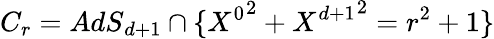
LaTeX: C_{r}={AdS}_{d+1}\cap\{ {X^{0}}^{2}+{X^{d+1}}^{2}=r^{2}+1\}